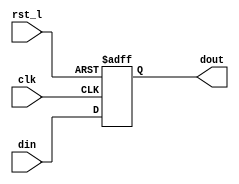
module rvdff_WIDTH1
(
  din,
  clk,
  rst_l,
  dout
);

  input [0:0] din;
  output [0:0] dout;
  input clk;
  input rst_l;
  wire N0;
  reg [0:0] dout;

  always @(posedge clk or posedge N0) begin
    if(N0) begin
      dout[0] <= 1'b0;
    end else if(1'b1) begin
      dout[0] <= din[0];
    end
  end

  assign N0 = ~rst_l;

endmodule